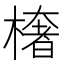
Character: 𭫠